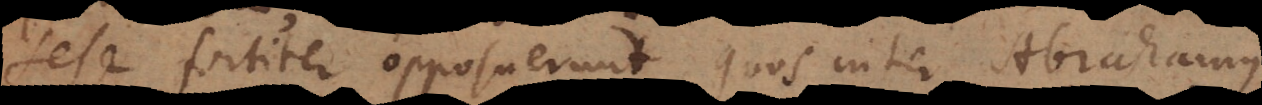
sese fortiter opposuerunt. Quos inter Abrahamus